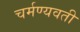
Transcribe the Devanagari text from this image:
चर्मण्यवती